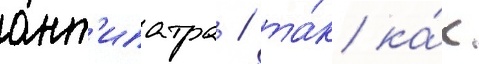
ант'ипатра / та́к ка́к